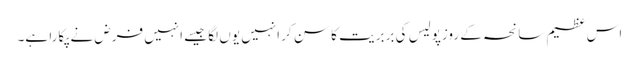
اس عظیم سانحہ کے روزپولیس کی بربریت کا سن کر انہیں یوں لگا جیسے انہیں فرض نے پکارا ہے۔